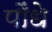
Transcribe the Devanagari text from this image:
पौंधे